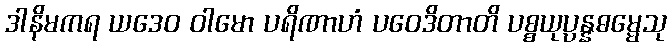
ဒါနိမကရ ယဒေဝ ဝါမော ပရိဏာဟံ ပဝေဒိတာတိ ပစ္စယုပ္ပန္နဓမ္မေသု